Indian journal of veterinary science and animal husbandry - Volumes 15-17, 1948-1951
Year: 1948
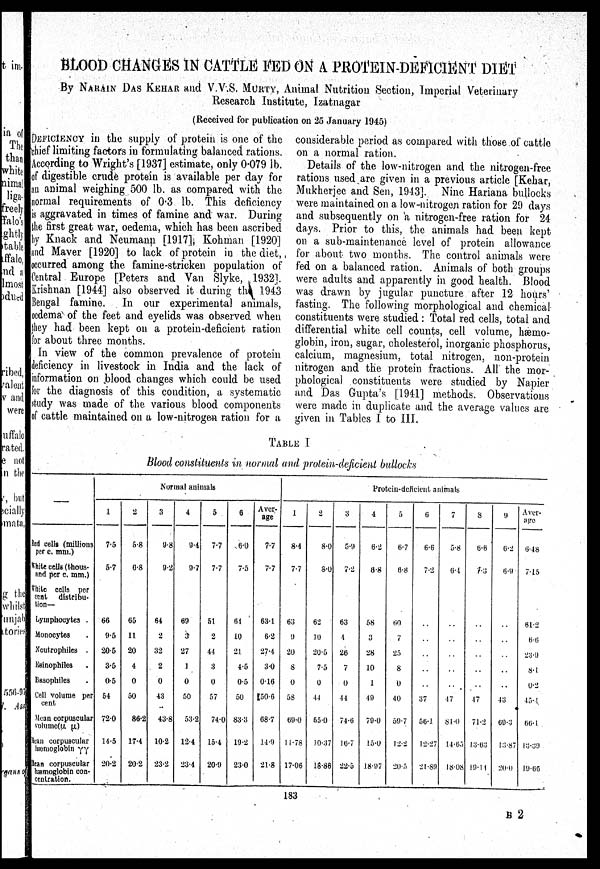
BLOOD CHANGES IN CATTLE FED ON A PROTEIN-DEFICIENT DIET
By NARAIN DAS Kehar and V.V.S. MURTY, Animal Nutrition Section, Imperial Veterinary
Research Institute, Izatnagar
(Received for publication on 25 January 1945)
DEFICIENCY in the supply of protein is one of the
thief limiting factors in formulating balanced rations.
According to Wright's [1937] estimate, only 0.079 lb.
of digestible crude protein is available per day for
an animal weighing 500 lb. as compared with the
normal requirements of 0.3 lb. This deficiency
is aggravated in times of famine and war. During
the first great war, oedema, which has been ascribed
by Knack and Neumann [1917], Kohman [1920]
and Maver [1920] to lack of protein in the diet,
occurred among the famine-stricken population of
Central Europe [Peters and Van Slyke, 1932].
Krishnan [1944] also observed it during the 1943
Bengal famine.
In our experimental animals,
oedema of the feet and eyelids was observed when
they had been kept on a protein-deficient ration
for about three months.
In view of the common prevalence of protein
deficiency in livestock in India and the lack of
information on blood changes which could be used
for the diagnosis of this condition, a systematic
study was made of the various blood components
of cattle maintained on a low-nitrogen ration for a
considerable period as compared with those of cattle
on a normal ration.
Details of the low-nitrogen and the nitrogen-free
rations used are given in a previous article [Kehar
Mukherjee and Sen, 1943]. Nine Hariana bullock
were maintained on a low-nitrogen ration for 29 day
and subsequently on a nitrogen-free ration for 2
days. Prior to this, the animals had been kep
on a sub-maintenance level of protein allowance
for about two months. The control animals were
fed on a balanced ration. Animals of both groups
were adults and apparently in good health. Blood
was drawn by jugular puncture after 12 hours
fasting. The following morphological and chemical
constituents were studied : Total red cells, total and
differential white cell counts, cell volume, hæmo
globin, iron, sugar, cholesterol, inorganic phosphorus
calcium, magnesium, total nitrogen, non-protein
nitrogen and the protein fractions. All the mor
phological constituents were studied by Napie
and Das Gupta's [1941] methods. Observations
were made in duplicate and the average values are
given in Tables I to III.
TABLE I
Blood constituents in normal and protein-deficient bullocks
—
Red cells (millions
per c. mm.)
White cells (thous-
and per c. mm.)
White cells per
cent distribu-
tion—
Lymphocytes
Monocytes
Neutrophiles .
Esinophiles .
Basophiles .
Cell volume per
cent
Mean corpuscular
volume(µ µ)
Mean corpuscular
hæmoglobin γγ
Mean corpuscular
hæmoglobin con-
centration.
Normal animals
1
7.5
5.7
66
9.5
20.5
3.5
0.5
54
72.0
14.5
20.2
2
5.8
6.8
65
11
20
4
0
50
86.2
17.4
20.2
3
9.8
9.2
64
2
32
2
0
43
43.8
10.2
23.2
4
9.4
9.7
69
3
27
1
0
50
53.2
12.4
23.4
5
7.7
7.7
51
2
44
3
0
57
74.0
15.4
20.9
6
6.0
7.5
64
10
21
4.5
0.5
50
83.3
19.2
23.0
Aver-
age
7.7
7.7
63.1
6.2
27.4
3.0
0.16
50.6
68.7
14.9
21.8
Protein-deficient animals
1
8.4
7.7
63
9
20
8
0
58
69.0
11.78
17.06
2
8.0
8.0
62
10
20.5
7.5
0
44
55.0
10.37
18.86
3
5.9
7.2
63
4
26
7
0
44
74.6
16.7
22.5
4
6.2
6.8
58
3
28
10
1
49
79.0
15.0
18.97
5
6.7
6.8
60
7
25
8
0
40
59.7
12.2
20.5
6
6.6
7.2
..
..
..
..
..
37
56.1
12.27
21.89
7
5.8
6.4
..
..
..
..
..
47
81.0
14.65
18.08
8
6.6
7.3
..
..
..
..
..
47
71.2
13.63
19.11
9
6.2
6.9
..
..
..
..
..
43
69.3
13.87
20.0
Aver-
age
6.48
7.15
61.2
6.6
23.9
8.1
0.2
45.1
66.1
13.39
19.66
183